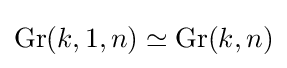
\operatorname {Gr} (k,1,n)\simeq \operatorname {Gr} (k,n)